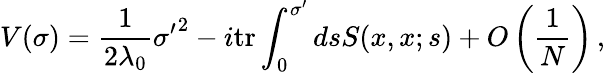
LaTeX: V(\sigma)=\frac{1}{2\lambda_{0}}{\sigma^{\prime}}^{2}-i\mathrm{tr}\int_{0}^{\sigma^{\prime}}dsS(x,x;s)+O\left(\frac{1}{N}\right)\, ,